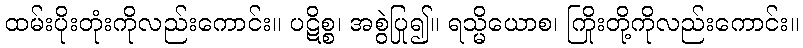
ထမ်းပိုးတုံးကိုလည်းကောင်း။ ပဋိစ္စ၊ အစွဲပြု၍။ ရသ္မိယောစ၊ ကြိုးတို့ကိုလည်းကောင်း။